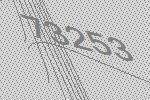
73253